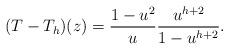
LaTeX: \begin{align*} (T-T_h)(z)=\frac{1-u^2}{u}\frac{u^{h+2}}{1-u^{h+2}}. \end{align*}